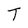
Character: T